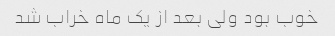
خوب بود ولی بعد از یک ماه خراب شد